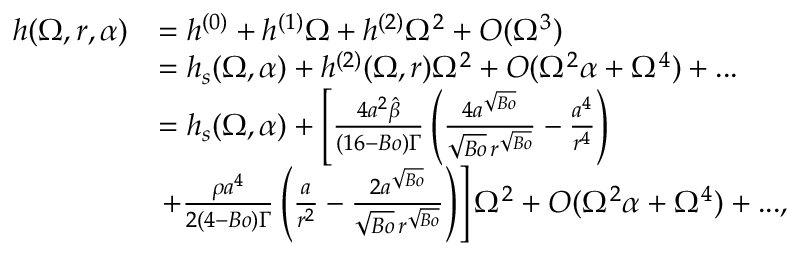
\begin{array} { r l } { h ( \Omega , r , \alpha ) } & { = h ^ { ( 0 ) } + h ^ { ( 1 ) } \Omega + h ^ { ( 2 ) } \Omega ^ { 2 } + O ( \Omega ^ { 3 } ) } \\ & { = h _ { s } ( \Omega , \alpha ) + h ^ { ( 2 ) } ( \Omega , r ) \Omega ^ { 2 } + O ( \Omega ^ { 2 } \alpha + \Omega ^ { 4 } ) + . . . } \\ & { = h _ { s } ( \Omega , \alpha ) + \left[ \frac { 4 a ^ { 2 } \hat { \beta } } { ( 1 6 - B o ) \Gamma } \left( \frac { 4 a ^ { \sqrt { B o } } } { \sqrt { B o } \, r ^ { \sqrt { B o } } } - \frac { a ^ { 4 } } { r ^ { 4 } } \right) \right. } \\ & { \left. + \frac { \rho { a } ^ { 4 } } { 2 ( 4 - B o ) \Gamma } \left( \frac { a } { r ^ { 2 } } - \frac { 2 a ^ { \sqrt { B o } } } { \sqrt { B o } \, r ^ { \sqrt { B o } } } \right) \right] { \Omega ^ { 2 } } + O ( \Omega ^ { 2 } \alpha + \Omega ^ { 4 } ) + . . . , } \end{array}